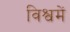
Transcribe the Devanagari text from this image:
विश्वमें